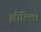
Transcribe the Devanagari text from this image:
झील्‍लि।